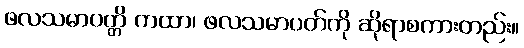
ဖလသမာပတ္တိ ကထာ၊ ဖလသမာပတ်ကို ဆိုရာစကားတည်း။